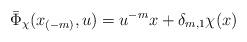
LaTeX: \begin{align*}\bar \Phi_{\chi}( x_{(-m)},u)= u^{-m}x+\delta_{m,1}\chi(x) \quad\end{align*}